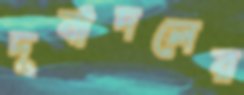
দূর্বাদলের